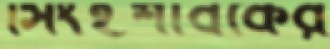
সিংহশাবকের